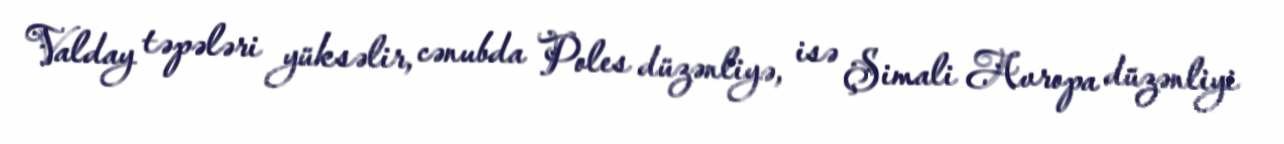
Valday təpələri yüksəlir, cənubda Poles düzənliyə, isə Şimali Avropa düzənliyi